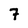
Character: 7